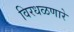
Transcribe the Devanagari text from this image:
विरधळणारे